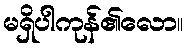
မရှိပါကုန်၏လော။